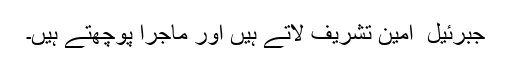
جبرئیل ؑ امین تشریف لاتے ہیں اور ماجرا پوچھتے ہیں۔